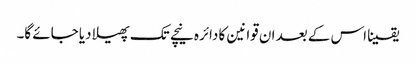
یقینا اس کے بعد ان قوانین کا دائرہ نیچے تک پھیلا دیا جائے گا۔